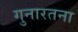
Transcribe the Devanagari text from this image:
गुनारतना